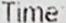
TIME: